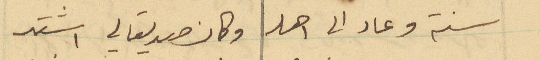
سنة وعاد الى اهله وكان صديقا لي اشتد